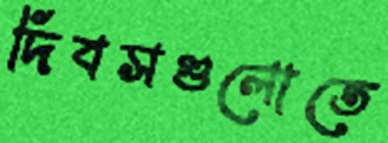
দিবসগুলোতে